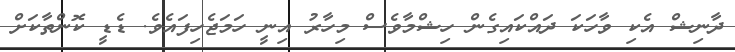
ދާނިޝް އެކި ވާހަކަ ދައްކައިގެން ހިޝްމާވެސް މިހާރު އިނީ ހަމަޖެހިފައެވެ. ޑެޑީ ކޮންތާކަށް